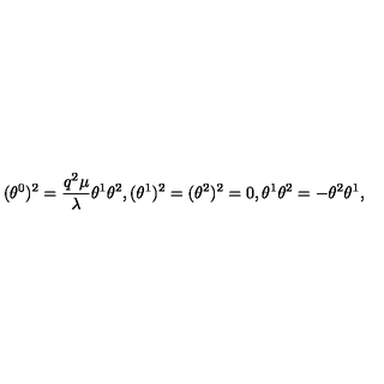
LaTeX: ( \theta ^ { 0 } ) ^ { 2 } = \frac { q ^ { 2 } \mu } { \lambda } \theta ^ { 1 } \theta ^ { 2 } , ( \theta ^ { 1 } ) ^ { 2 } = ( \theta ^ { 2 } ) ^ { 2 } = 0 , \theta ^ { 1 } \theta ^ { 2 } = - \theta ^ { 2 } \theta ^ { 1 } ,